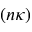
( n \kappa )